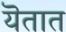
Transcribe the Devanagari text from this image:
यॆतात